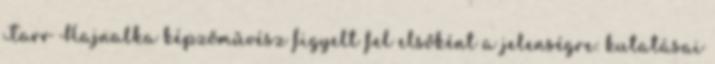
Tarr Hajnalka képzőművész figyelt fel elsőként a jelenségre: kutatásai